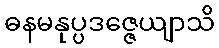
ဓနမနုပ္ပဒဇ္ဇေယျာသိ